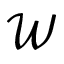
\mathcal { W }